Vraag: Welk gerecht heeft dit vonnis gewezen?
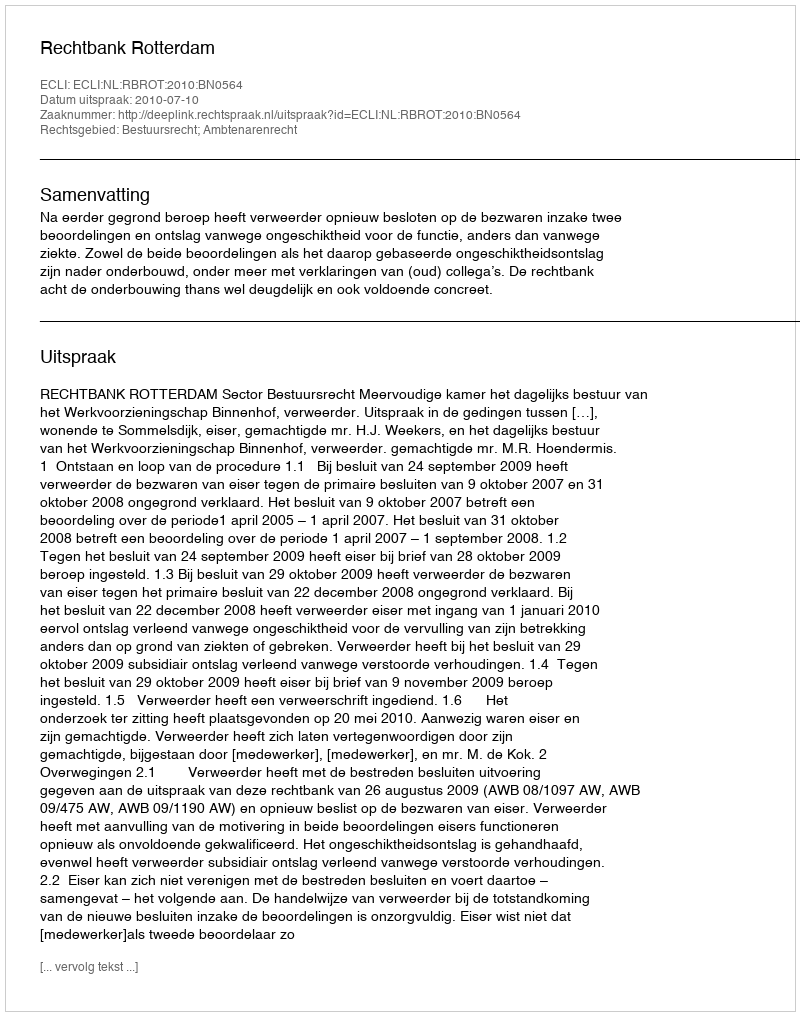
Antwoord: Rechtbank Rotterdam